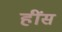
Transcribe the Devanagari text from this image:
हींस